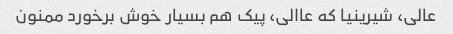
عالی، شیرینیا که عاالی، پیک هم بسیار خوش برخورد ممنون